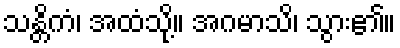
သန္တိကံ၊ အထံသို့။ အဂမာသိ၊ သွား၏။